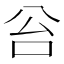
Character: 𠈂